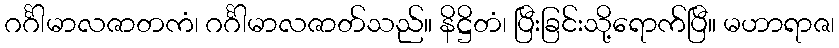
ဂင်္ဂါမာလဇာတကံ၊ ဂင်္ဂါမာလဇာတ်သည်။ နိဋ္ဌိတံ၊ ပြီးခြင်းသို့ရောက်ပြီ။ မဟာရာဇ၊